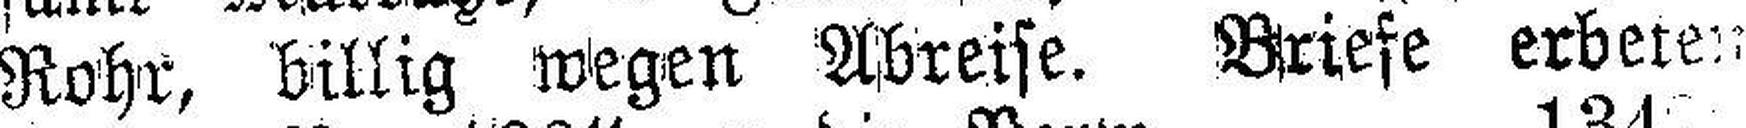
Rohr, billig wegen Abreise. Briefe erberen